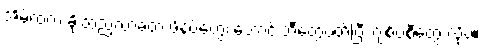
အိမ်ထဲက ခိုးထည့်လာခဲ့တဲ့ ဖိနပ်တွေ၊ ဘောင်းဘီတွေဝတ်ပြီး ဂျစ်ပစီတွေ လိုပဲ။